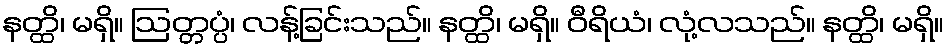
နတ္ထိ၊ မရှိ။ ဩတ္တပ္ပံ၊ လန့်ခြင်းသည်။ နတ္ထိ၊ မရှိ။ ဝီရိယံ၊ လုံ့လသည်။ နတ္ထိ၊ မရှိ။